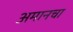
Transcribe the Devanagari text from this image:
अमानचा